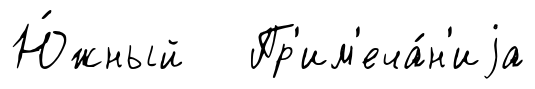
Ю́жный Пр'им'еча́н'иjа